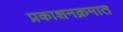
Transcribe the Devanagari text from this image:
प्रकाशनक्रमात